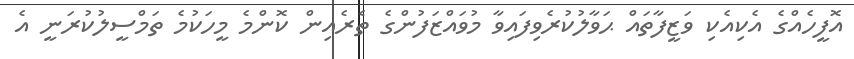
އޮފީހެއްގެ އެކިއެކި ވަޒީފާތައް ޙަވާލުކުރެވިފައިވާ މުވައްޒަފުންގެ ތެރެއިން ކޮންމެ މީހަކުމެ ތަމްސީލުކުރަނީ އެ